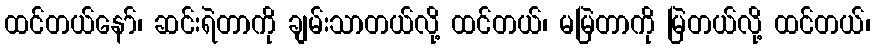
ထင်တယ်နော်၊ ဆင်းရဲတာကို ချမ်းသာတယ်လို့ ထင်တယ်၊ မမြဲတာကို မြဲတယ်လို့ ထင်တယ်၊